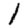
Digit: 1